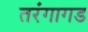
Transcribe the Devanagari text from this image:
तरंगागड